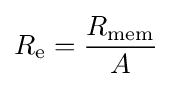
R_{\text{e}}={\frac {R_{\text{mem}}}{A}}